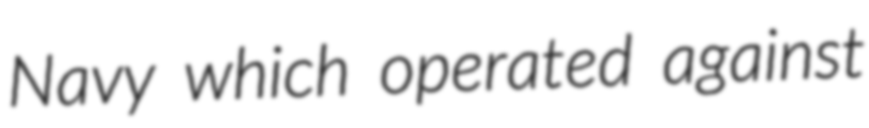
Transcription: Navy which operated against